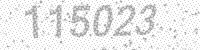
Solution: 115023